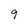
Character: 9